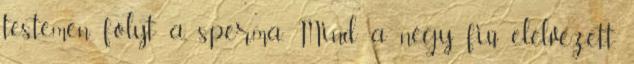
testemen folyt a sperma. Mind a négy fiú elélvezett.